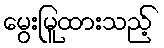
မွေးမြူထားသည့်